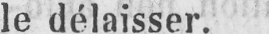
le délaisser.